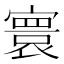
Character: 寰